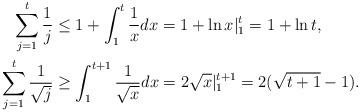
LaTeX: \begin{align*} \sum_{j=1}^t \frac{1}{j} &\leq 1 + \int_1^t \frac{1}{x} dx = 1 + \ln x|_1^t = 1+ \ln t, \\\sum_{j=1}^t \frac{1}{\sqrt{j}} & \geq \int_1^{t+1} \frac{1}{\sqrt{x}} dx = 2\sqrt{x} |_{1}^{t+1} = 2 (\sqrt{t+1} - 1).\end{align*}